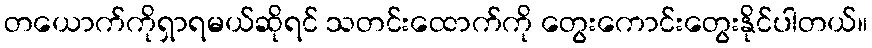
တယောက်ကိုရှာရမယ်ဆိုရင် သတင်းထောက်ကို တွေးကောင်းတွေးနိုင်ပါတယ်။